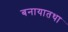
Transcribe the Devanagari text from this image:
बनायातथा